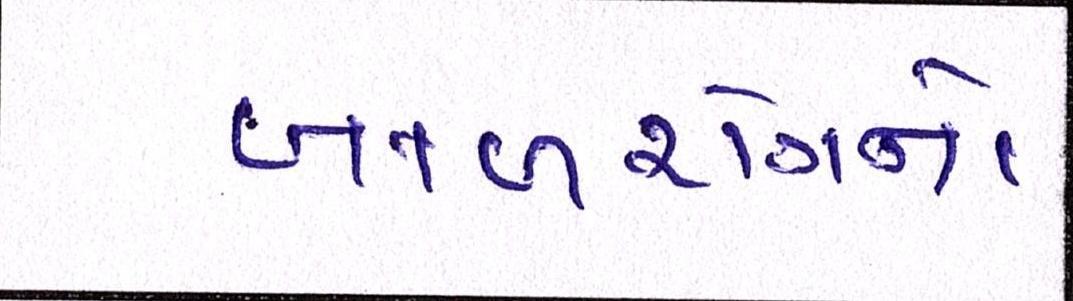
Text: બાળરોગનો